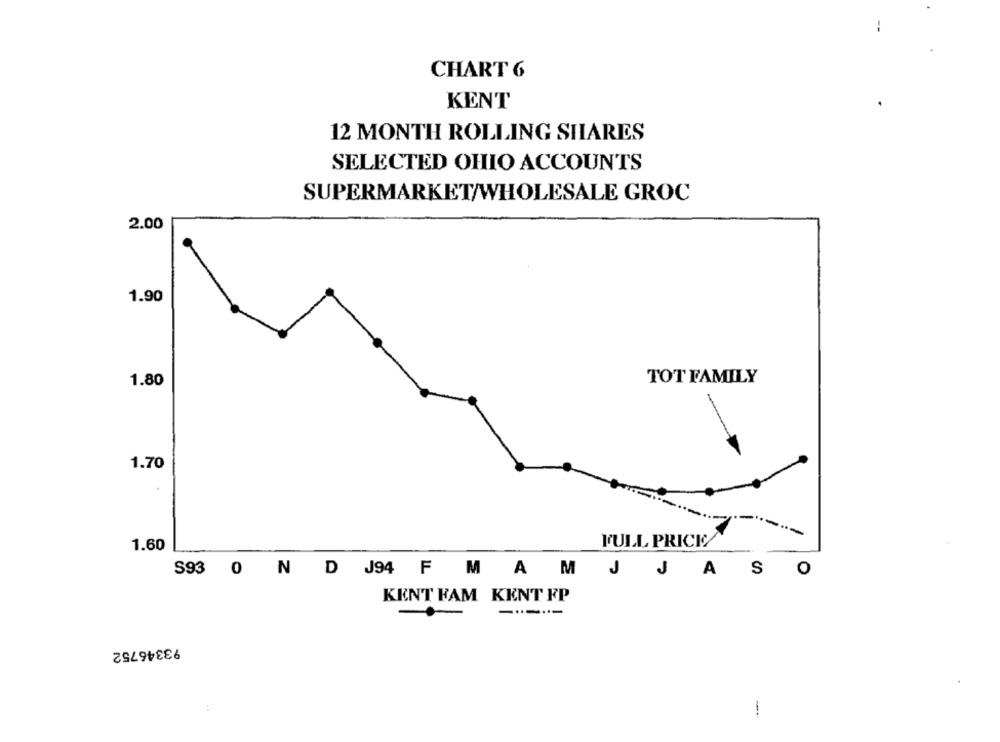
CHART 6
KENT
12 MONTH ROLLING SHARES
SELECTED OHIO ACCOUNTS
SUPERMARKET/WHOLESALE GROC
2.00
1.90
TOT FAMILY
1.80
1.70
------
1.60
FULL PRICE
S93 0 N D J94 F M A M
J J
ASO
KENT FAM KENT FP
------
93346752